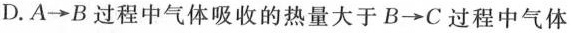
D. A\rightarrow B过程中气体吸收的热量大于B\rightarrow C过程中气体